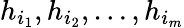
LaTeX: h_{i_{1}},h_{i_{2}},\ldots,h_{i_{m}}